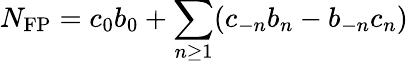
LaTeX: N_{\mathrm{FP}}=c_{0}b_{0}+\sum_{n\geq 1}(c_{-n}b_{n}-b_{-n}c_{n})